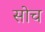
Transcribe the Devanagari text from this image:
सोच